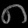
Digit: ၈